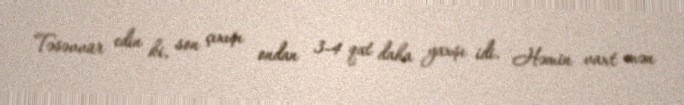
Təsəvvür edin ki, son çıxışı ondan 3-4 qat daha yaxşı idi. Həmin vaxt mən